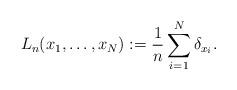
LaTeX: \begin{align*} L_n(x_1,\dots,x_N):=\frac{1}{n} \sum_{i=1}^N \delta_{x_i}.\end{align*}